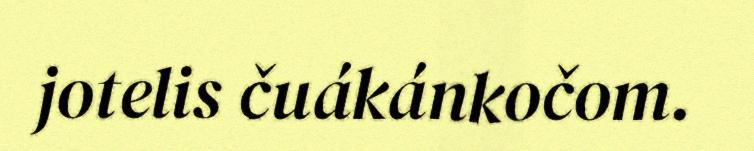
jotelis čuákánkočom.